Insane asylums in Bengal annual reports 1867-1875 - 1867-1875
Year: 1867
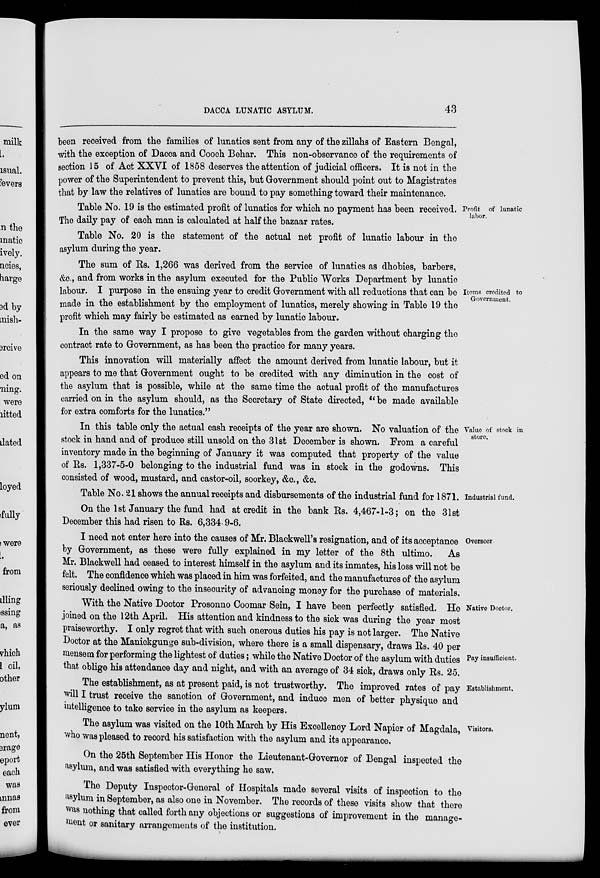
DACCA LUNATIC ASYLUM.
43
been received from the families of lunatics sent from any of the zillahs of Eastern Bengal,
with the exception of Dacca and Cooch Behar. This non-observance of the requirements of
section 15 of Act XXVI of 1858 deserves the attention of judicial officers. It is not in the
power of the Superintendent to prevent this, but Government should point out to Magistrates
that by law the relatives of lunatics are bound to pay something toward their maintenance.
Profit of lunatic
labor.
Table No. 19 is the estimated profit of lunatics for which no payment has been received.
The daily pay of each man is calculated at half the bazaar rates.
Table No. 20 is the statement of the actual net profit of lunatic labour in the
asylum during the year.
Items credited to
Government.
The sum of Rs. 1,266 was derived from the service of lunatics as dhobies, barbers,
&c., and from works in the asylum executed for the Public Works Department by lunatic
labour. I purpose in the ensuing year to credit Government with all reductions that can be
made in the establishment by the employment of lunatics, merely showing in Table 19 the
profit which may fairly be estimated as earned by lunatic labour.
In the same way I propose to give vegetables from the garden without charging the
contract rate to Government, as has been the practice for many years.
This innovation will materially affect the amount derived from lunatic labour, but it
appears to me that Government ought to be credited with any diminution in the cost of
the asylum that is possible, while at the same time the actual profit of the manufactures
carried on in the asylum should, as the Secretary of State directed, "be made available
for extra comforts for the lunatics."
Value of stock in
store.
In this table only the actual cash receipts of the year are shown. No valuation of the
stock in hand and of produce still unsold on the 31st December is shown. From a careful
inventory made in the beginning of January it was computed that property of the value
of Rs. 1,337-5-0 belonging to the industrial fund was in stock in the godowns. This
consisted of wood, mustard, and castor-oil, soorkey, &c., &c.
Industrial fund.
Table No. 21 shows the annual receipts and disbursements of the industrial fund for 1871.
On the 1st January the fund had at credit in the bank Rs. 4,467-1-3; on the 31st
December this had risen to Rs. 6,334- 9-6.
Overseer
I need not enter here into the causes of Mr. Blackwell's resignation, and of its acceptance
by Government, as these were fully explained in my letter of the 8th ultimo. As
Mr. Blackwell had ceased to interest himself in the asylum and its inmates, his loss will not be
felt. The confidence which was placed in him was forfeited, and the manufactures of the asylum
seriously declined owing to the insecurity of advancing money for the purchase of materials.
Native Doctor.
Pay insufficient.
With the Native Doctor Prosonno Coomar Sein, I have been perfectly satisfied. He
joined on the 12th April. His attention and kindness to the sick was during the year most
praiseworthy. I only regret that with such onerous duties his pay is not larger. The Native
Doctor at the Manickgunge sub-division, where there is a small dispensary, draws Rs. 40 per
mensem for performing the lightest of duties; while the Native Doctor of the asylum with duties
that oblige his attendance day and night, and with an average of 34 sick, draws only Rs. 25.
Establishment.
The establishment, as at present paid, is not trustworthy. The improved rates of pay
will I trust receive the sanction of Government, and induce men of better physique and
intelligence to take service in the asylum as keepers.
Visitors.
The asylum was visited on the 10th March by His Excellency Lord Napier of Magdala,
who was pleased to record his satisfaction with the asylum and its appearance.
On the 25th September His Honor the Lieutenant-Governor of Bengal inspected the
asylum, and was satisfied with everything he saw.
The Deputy Inspector-General of Hospitals made several visits of inspection to the
asylum in September, as also one in November. The records of these visits show that there
was nothing that called forth any objections or suggestions of improvement in the manage-
ment or sanitary arrangements of the institution.